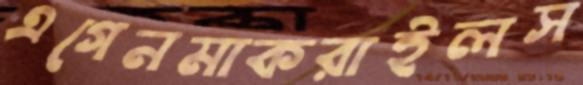
এগেনমাকরাইলস